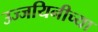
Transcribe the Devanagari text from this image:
उज्जयिनीच्या